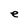
Character: e